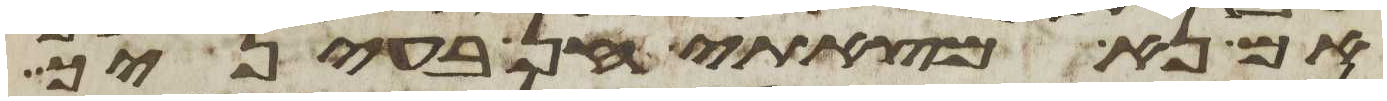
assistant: אם נא מצאתי חן בעיניך